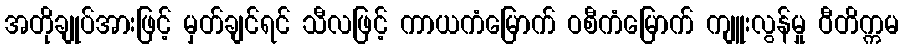
အတိုချုပ်အားဖြင့် မှတ်ချင်ရင် သီလဖြင့် ကာယကံမြောက် ဝစီကံမြောက် ကျူးလွန်မှု ဝီတိက္ကမ